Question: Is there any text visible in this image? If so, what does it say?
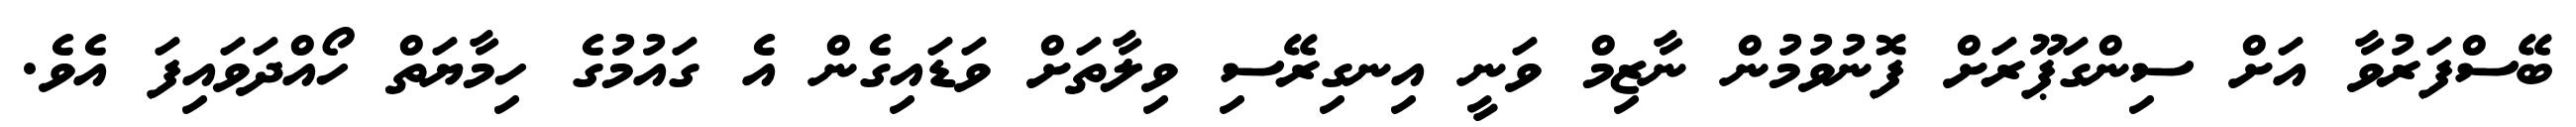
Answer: ބޭސްފަރުވާ އަށް ސިންގަޕޫރަށް ފޮނުވުމުން ނާޒިމް ވަނީ އިނގިރޭސި ވިލާތަށް ވަޑައިގެން އެ ގައުމުގެ ހިމާޔަތް ހޯއްދަވައިފަ އެވެ.